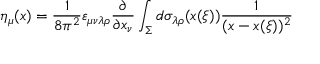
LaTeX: \eta _ { \mu } ( x ) = \frac { 1 } { 8 \pi ^ { 2 } } \varepsilon _ { \mu \nu \lambda \rho } \frac { \partial } { \partial x _ { \nu } } \int _ { \Sigma } ^ { } d \sigma _ { \lambda \rho } ( x ( \xi ) ) \frac { 1 } { ( x - x ( \xi ) ) ^ { 2 } }